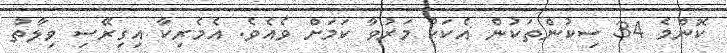
ކޮންމެ 34 ސިކުންތަކުން އެކަކު މަރުވާ ކަމަށް ވެއެވެ. އެމެރިކާ އިގިރޭސި ވިލާތް